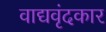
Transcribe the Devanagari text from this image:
वाद्यवृंदकार